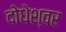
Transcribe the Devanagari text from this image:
दोधेश्वर